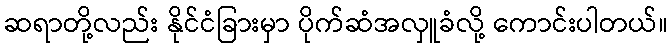
ဆရာတို့လည်း နိုင်ငံခြားမှာ ပိုက်ဆံအလှူခံလို့ ကောင်းပါတယ်။